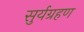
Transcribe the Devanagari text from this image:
सुर्यग्रहण